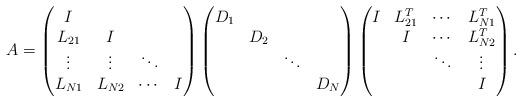
LaTeX: \begin{align*}A = \begin{pmatrix}I & & & \\L_{21} & I & & \\\vdots & \vdots &\ddots & \\L_{N1} & L_{N2} & \cdots & I \end{pmatrix} \begin{pmatrix}D_1 & & & \\& D_2 & & \\& & \ddots & \\& & & D_N\end{pmatrix} \begin{pmatrix}I & L_{21}^T & \cdots & L_{N1}^T \\& I & \cdots & L_{N2}^T \\& & \ddots & \vdots \\& & & I\end{pmatrix} .\end{align*}